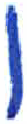
אות: ן